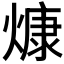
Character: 𤎖